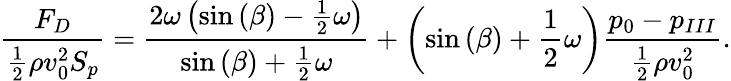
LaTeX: \frac{F_{D}}{\frac{1}{2}\rho v_{0}^{2}S_{p}}={}\frac{2\omega\left(\sin{(\beta)}-\frac{1}{2}\omega\right)}{\sin{(\beta)}+\frac{1}{2}\omega}+\left(\sin{(\beta)}+\frac{1}{2}\omega\right)\frac{{p_{0}}-{p_{III}}}{\frac{1}{2}\rho v_{0}^{2}}.